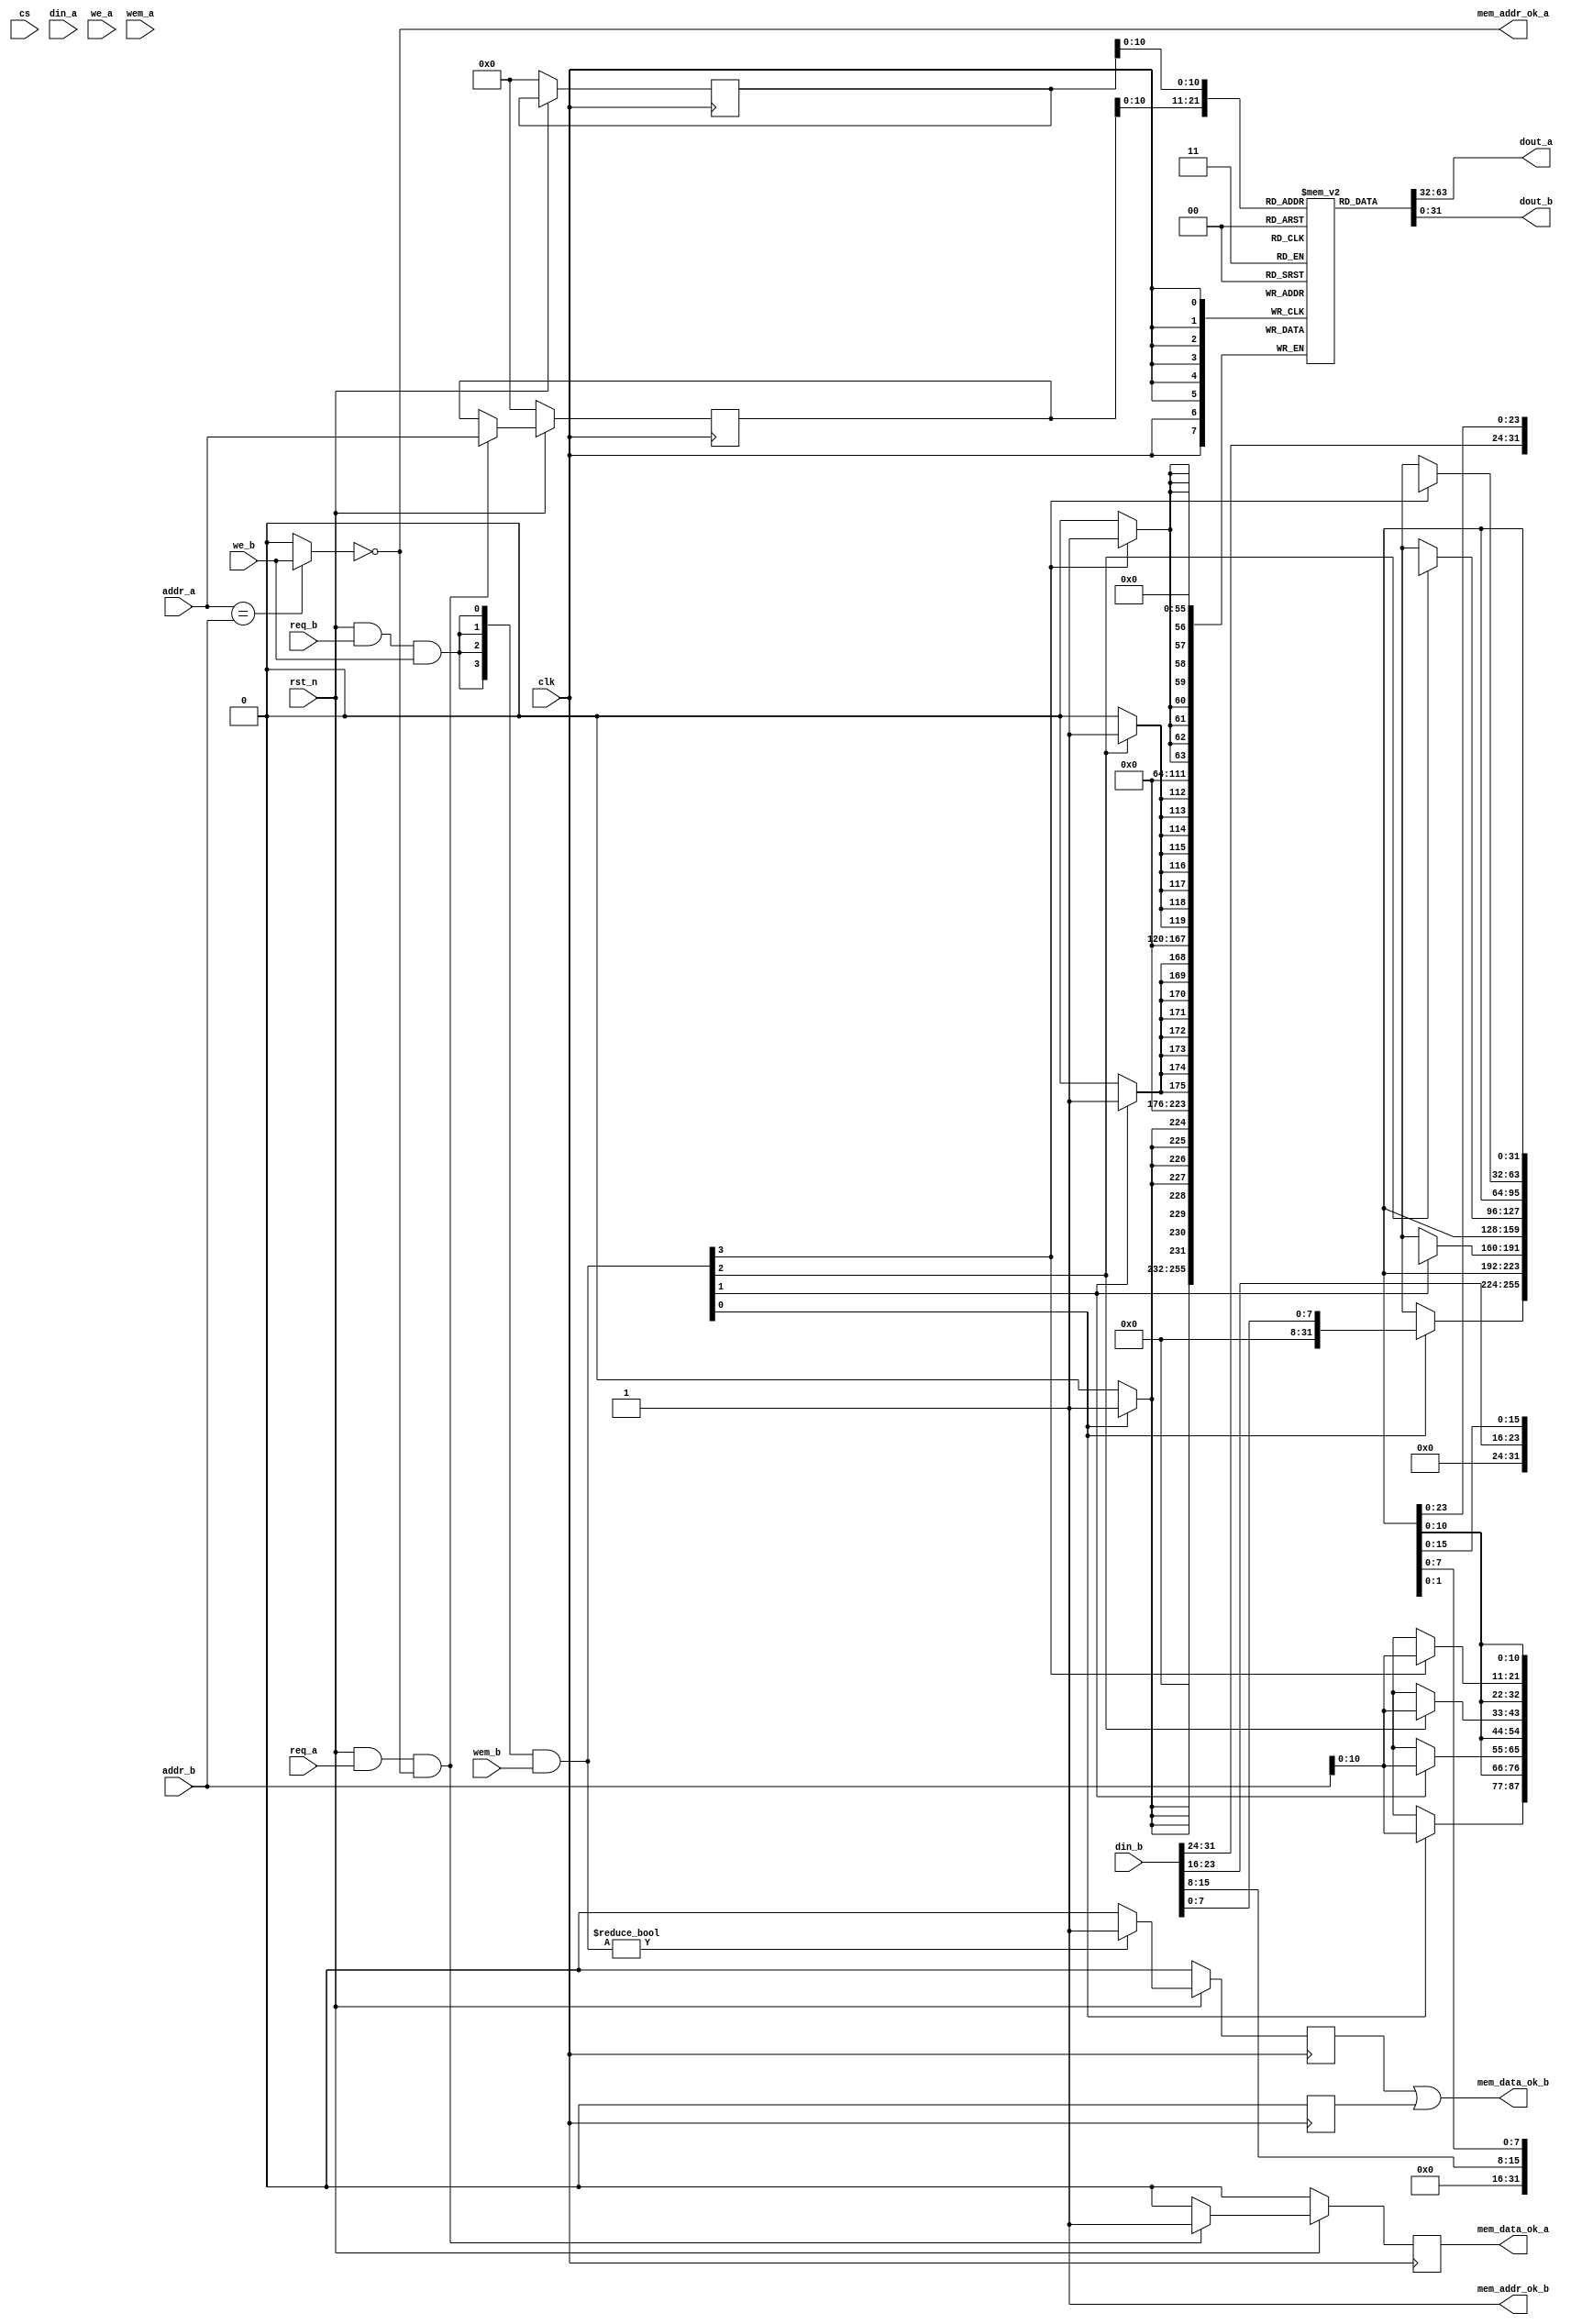
module sram_bus_duelport_ram 
#(parameter DP = 2048,
  parameter FORCE_X2ZERO = 0,
  parameter DW = 32,
  parameter MW = 4,
  parameter AW = 32 
)
(
  input             clk, 
  input  			rst_n,
  input             cs, 
  input             req_a,
  input             req_b,
  input  [DW-1  :0] din_a, 
  input  [DW-1  :0] din_b, 
  input  [AW-1  :0] addr_a,
  input  [AW-1  :0] addr_b,
  input             we_a,
  input             we_b,
  input  [MW-1:0]   wem_a,
  input  [MW-1:0]   wem_b,
  output [DW-1:0]   dout_a,
  output [DW-1:0]   dout_b,
  output mem_addr_ok_a,
  output mem_data_ok_a,
  output mem_addr_ok_b,
  output mem_data_ok_b
  
);

    reg [DW-1:0] mem_r [0:DP-1];
    reg [AW-1:0]addr_a_r;
    reg [AW-1:0]addr_b_r;
    wire [MW-1:0] wen_a;
    wire [MW-1:0] wen_b;
    wire ren_a;
    wire ren_b;
	wire read_a_disable;
	assign read_a_disable = (addr_a == addr_b)?we_b:1'b0;
	
    reg read_data_ok_a;
    wire write_data_ok_a;
    reg read_data_ok_b;
    reg write_data_ok_b;
    assign mem_addr_ok_a = (!read_a_disable);
    assign mem_addr_ok_b = 1'b1 ;
	
	assign ren_a = rst_n & req_a & (!read_a_disable);
	assign ren_b = 1'b0;
	
    assign mem_data_ok_a = write_data_ok_a | read_data_ok_a;
    assign mem_data_ok_b = write_data_ok_b | read_data_ok_b;
    
    assign wen_a = 1'b0;
    assign wen_b = ({MW{rst_n & req_b & we_b}} & wem_b);
    
    always @(posedge clk)
    begin
        if(!rst_n)begin
            addr_a_r <= 0;   
            read_data_ok_a <= 1'b0;
        end
        else if (ren_a)begin
            addr_a_r <= addr_a;
            read_data_ok_a <= 1'b1;
        end
		else begin
            read_data_ok_a <= 1'b0;
        end
    end
	
    always @(posedge clk)
    begin
        if(!rst_n)begin
            addr_b_r <= 0;   
            read_data_ok_b <= 1'b0;
        end
        else if (ren_b)begin
            addr_b_r <= addr_b;
            read_data_ok_b <= 1'b1;
        end
		else begin
            read_data_ok_b <= 1'b0;
        end
    end
    
	assign write_data_ok_a = 1'b0;
	always @(posedge clk)
    begin
        if(~rst_n)begin
            write_data_ok_b <= 1'b0;
        end
        else if (wen_b)begin
            write_data_ok_b <= 1'b1;
        end
        else begin
            write_data_ok_b <= 1'b0;
        end
    end
	
    genvar i;
		
    generate
      for (i = 0; i < MW; i = i+1) begin :mem
        if((8*i+8) > DW ) begin: last
          always @(posedge clk) begin
            if (wen_a[i]) begin
               mem_r[addr_a][DW-1:8*i] <= din_a[DW-1:8*i];
            end
            else if (wen_b[i]) begin
               mem_r[addr_b][DW-1:8*i] <= din_b[DW-1:8*i];
            end
          end
        end
        else begin: non_last
          always @(posedge clk) begin
            if (wen_a[i]) begin
               mem_r[addr_a][8*i+7:8*i] <= din_a[8*i+7:8*i];
            end
            else if (wen_b[i]) begin
               mem_r[addr_b][8*i+7:8*i] <= din_b[8*i+7:8*i];
            end
          end
        end
      end
    endgenerate
    
  wire [DW-1:0] dout_pre_a;
  wire [DW-1:0] dout_pre_b;
  assign dout_pre_a = mem_r[addr_a_r];
  assign dout_pre_b = mem_r[addr_b_r];
  
  generate
   if(FORCE_X2ZERO == 1) begin: force_x_to_zero
      for (i = 0; i < DW; i = i+1) begin:force_x_gen 
          `ifndef SYNTHESIS//{
         assign dout_a[i] = (dout_pre_a[i] === 1'bx) ? 1'b0 : dout_pre_a[i];
         assign dout_b[i] = (dout_pre_b[i] === 1'bx) ? 1'b0 : dout_pre_b[i];
          `else//}{
         assign dout_a[i] = dout_pre_a[i];
         assign dout_b[i] = dout_pre_b[i];
          `endif//}
      end
   end
   else begin:no_force_x_to_zero
     assign dout_a = dout_pre_a;
     assign dout_b = dout_pre_b;
   end
  endgenerate

endmodule